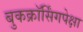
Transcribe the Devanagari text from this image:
बुकक्रॉर्सिंगपेक्षा